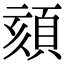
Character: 頦